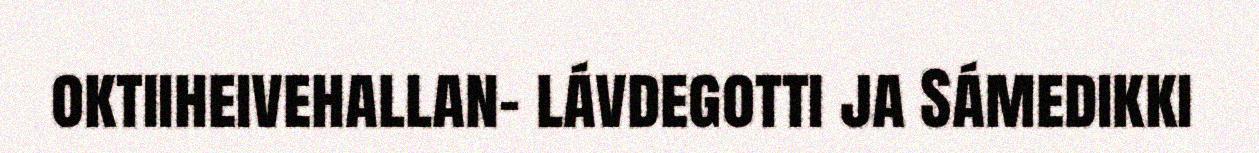
oktiiheivehallan- lávdegotti ja Sámedikki